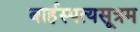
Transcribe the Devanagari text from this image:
बार्हस्पत्यसूत्रम